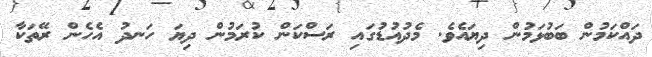
ދައްކަމުން ބަބުޅަމުން ދިޔައެވެ. މެދުއުޑުގައި ރަސްކަން ކުރަމުން ދިޔަ ހަނދު އެހެން ރޭތަކާ